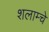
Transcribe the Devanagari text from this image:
शलाम्चे